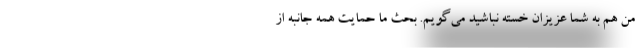
من هم به شما عزیزان خسته نباشید می‌گویم. بحث ما حمایت همه جانبه از